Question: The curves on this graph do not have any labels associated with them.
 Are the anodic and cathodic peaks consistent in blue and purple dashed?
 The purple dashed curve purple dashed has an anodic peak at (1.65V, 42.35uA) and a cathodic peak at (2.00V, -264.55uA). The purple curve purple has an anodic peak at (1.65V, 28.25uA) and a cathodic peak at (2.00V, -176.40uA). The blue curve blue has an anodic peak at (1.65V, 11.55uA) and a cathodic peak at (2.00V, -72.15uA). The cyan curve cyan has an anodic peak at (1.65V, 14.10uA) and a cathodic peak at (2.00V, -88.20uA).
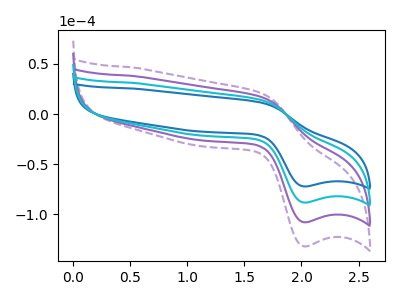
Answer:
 <answer>Yes, "blue" have a peak in "purple dashed" at the same potential.</answer>
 <eval>match</eval>